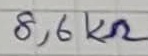
Text: 8,6KΩ